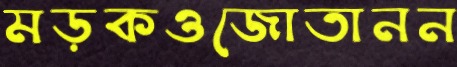
মড়কওজোতানন